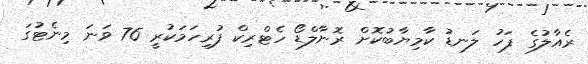
ރެއާލުގެ ފަހު ލަނޑު ކާމިޔާބުކޮށް ރޮނާލްޑޯ ހެޓްރިކް ފުރިހަމަކުރީ 76 ވަނަ މިނެޓުގަ